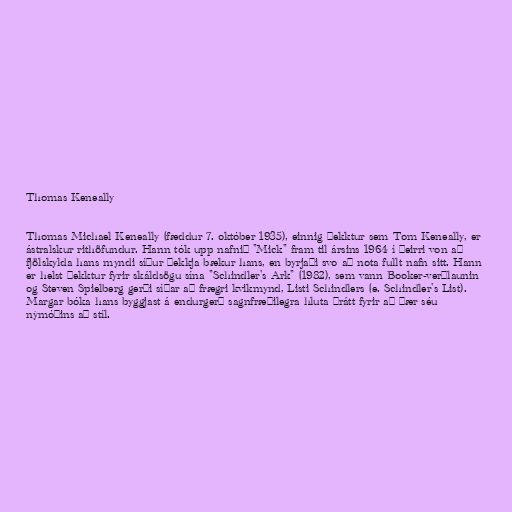
Thomas Keneally

Thomas Michael Keneally (fæddur 7. október 1935), einnig þekktur sem Tom Keneally, er
ástralskur rithöfundur. Hann tók upp nafnið "Mick" fram til ársins 1964 í þeirri von að
fjölskylda hans myndi síður þekkja bækur hans, en byrjaði svo að nota fullt nafn sitt. Hann
er helst þekktur fyrir skáldsögu sína "Schindler's Ark" (1982), sem vann Booker-verðlaunin
og Steven Spielberg gerði síðar að frægri kvikmynd, Listi Schindlers (e. Schindler's List).
Margar bóka hans byggjast á endurgerð sagnfræðilegra hluta þrátt fyrir að þær séu
nýmóðins að stíl.